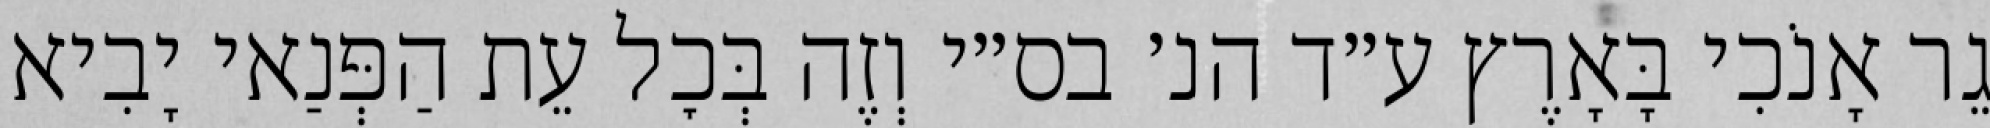
גֵר אָנֹכִי בָּאָרֶץ ע״ד הנ׳ בס״י וְזֶה בְּכׇל עֵת הַפְּנַאי יָבִיא